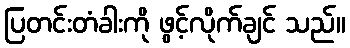
ပြတင်းတံခါးကို ဖွင့်လိုက်ချင် သည်။